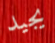
يجيد